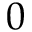
0